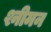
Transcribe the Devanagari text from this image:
श्नीमन